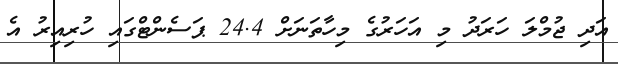
އަދި ޖުމްލަ ހަރަދު މި އަހަރުގެ މިހާތަނަށް 24.4 ޕަސެންޓްގައި ހުރިއިރު އެ